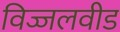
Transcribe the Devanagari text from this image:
विज्जलवीड